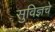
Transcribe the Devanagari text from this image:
सुविज्ञचे